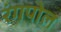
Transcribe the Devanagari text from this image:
रंगपोल